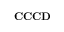
\mathbf { C C C D }